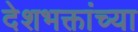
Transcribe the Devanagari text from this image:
देशभक्तांच्या